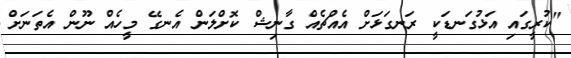
"ކުރީގައި އަޅުގަނޑަކީ ރަނގަޅަށް އެއްޗެއް ގާނިޝް ކޮށްލަން އެނގޭ މީހެއް ނޫން އެތަނަށް